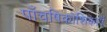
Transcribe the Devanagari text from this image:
पाँचषिकोशिकाएँ